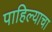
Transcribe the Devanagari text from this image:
पाहिल्याचा